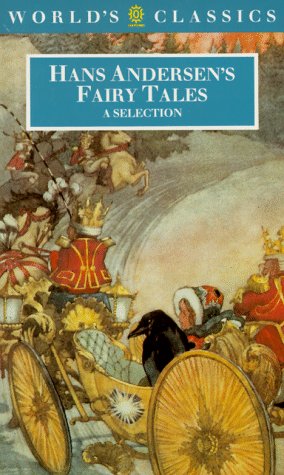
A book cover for Hans Andersen's Fairy Tales (The World's Classics); Hans Christian Andersen; Children's Books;